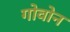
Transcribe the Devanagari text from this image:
गोवोन